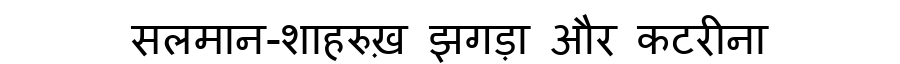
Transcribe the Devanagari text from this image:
सलमान-शाहरुख़ झगड़ा और कटरीना